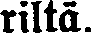
riltä.